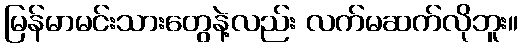
မြန်မာမင်းသားတွေနဲ့လည်း လက်မဆက်လိုဘူး။